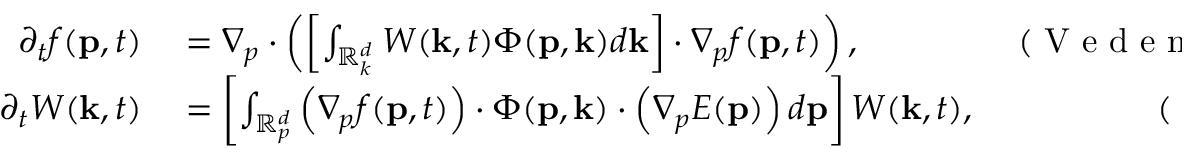
\begin{array} { r l r } { \partial _ { t } f ( \mathbf { p } , t ) } & { { } = \nabla _ { p } \cdot \left( \left[ \int _ { \mathbb { R } _ { k } ^ { d } } W ( \mathbf { k } , t ) \Phi ( \mathbf { p } , \mathbf { k } ) d \mathbf { k } \right] \cdot \nabla _ { p } f ( \mathbf { p } , t ) \right) , } & { \mathrm { ~ ( ~ V ~ e ~ d ~ e ~ n ~ o ~ v ~ e ~ t ~ a ~ l ~ . ~ } ) } \\ { \partial _ { t } W ( \mathbf { k } , t ) } & { { } = \left[ \int _ { \mathbb { R } _ { p } ^ { d } } \left( \nabla _ { p } f ( \mathbf { p } , t ) \right) \cdot \Phi ( \mathbf { p } , \mathbf { k } ) \cdot \left( \nabla _ { p } E ( \mathbf { p } ) \right) d \mathbf { p } \right] W ( \mathbf { k } , t ) , } & { \mathrm { ~ ( ~ L ~ a ~ n ~ d ~ a ~ u ~ ) ~ } } \end{array}